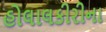
હોલાલકીરીના